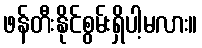
ဖန်တီးနိုင်စွမ်းရှိပါ့မလား။